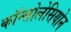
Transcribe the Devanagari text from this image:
कॉन्सोलेसियोन